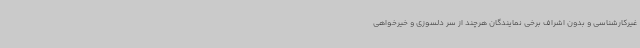
غیرکارشناسی و بدون اشراف برخی نمایندگان هرچند از سر دلسوزی و خیرخواهی